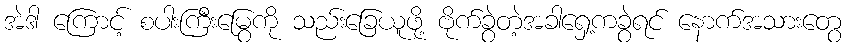
အဲဒါ ကြောင့် စပါးကြီးမြွေကို သည်းခြေယူဖို့ ဗိုက်ခွဲတဲ့အခါရှေ့ကခွဲရင် နောက်အသားတွေ